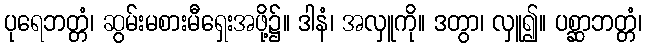
ပုရေဘတ္တံ၊ ဆွမ်းမစားမီရှေးအဖို့၌။ ဒါနံ၊ အလှူကို။ ဒတွာ၊ လှူ၍။ ပစ္ဆာဘတ္တံ၊